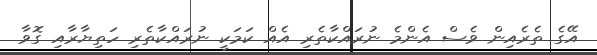
އޭގެ ތެރެއިން ވެސް އެންމެ ނުރައްކާތެރި އެއް ކަމަކީ ނުރައްކާތެރި ހަތިޔާރާއި ގޮވާ